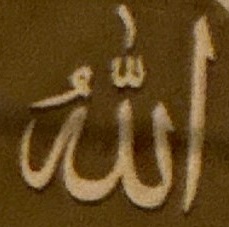
الله